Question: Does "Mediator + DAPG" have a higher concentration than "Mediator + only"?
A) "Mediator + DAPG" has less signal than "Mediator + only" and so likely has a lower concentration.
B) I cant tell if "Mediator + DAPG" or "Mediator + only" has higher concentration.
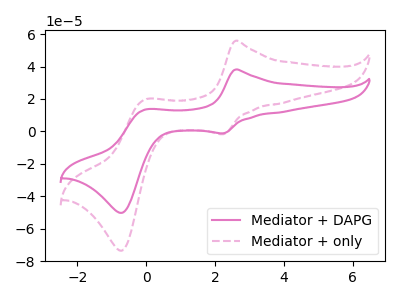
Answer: <think>The pink curve "Mediator + DAPG" has anodic peaks at (2.60V, 38.15uA) (0.00V, 13.50uA) and cathodic peaks at (2.25V, -1.15uA) (-0.70V, -50.20uA). The pink dashed curve "Mediator + only" has anodic peaks at (2.60V, 55.85uA) (0.00V, 19.75uA) and cathodic peaks at (2.25V, -1.70uA) (-0.70V, -73.45uA).
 All the peaks in "Mediator + DAPG" have a peak in "Mediator + only" at the same potential. Every peak in "Mediator + DAPG" is lower than every peak in "Mediator + only".</think>
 <answer>A) "Mediator + DAPG" has less signal than "Mediator + only" and so likely has a lower concentration.</answer>
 <eval>A</eval>